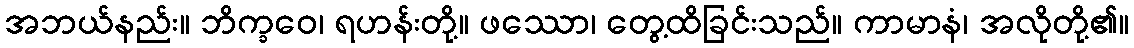
အဘယ်နည်း။ ဘိက္ခဝေ၊ ရဟန်းတို့။ ဖဿော၊ တွေ့ထိခြင်းသည်။ ကာမာနံ၊ အလိုတို့၏။